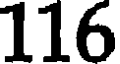
116